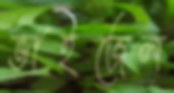
ভাইজেল